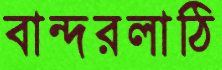
বান্দরলাঠি